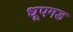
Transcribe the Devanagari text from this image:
धूपगड